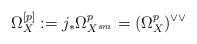
\begin{align*}\Omega_X^{[p]}:=j_*\Omega^p_{X^{sm}}=( \Omega^p_X)^{\vee\vee}\end{align*}